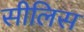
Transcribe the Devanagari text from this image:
सीलिस